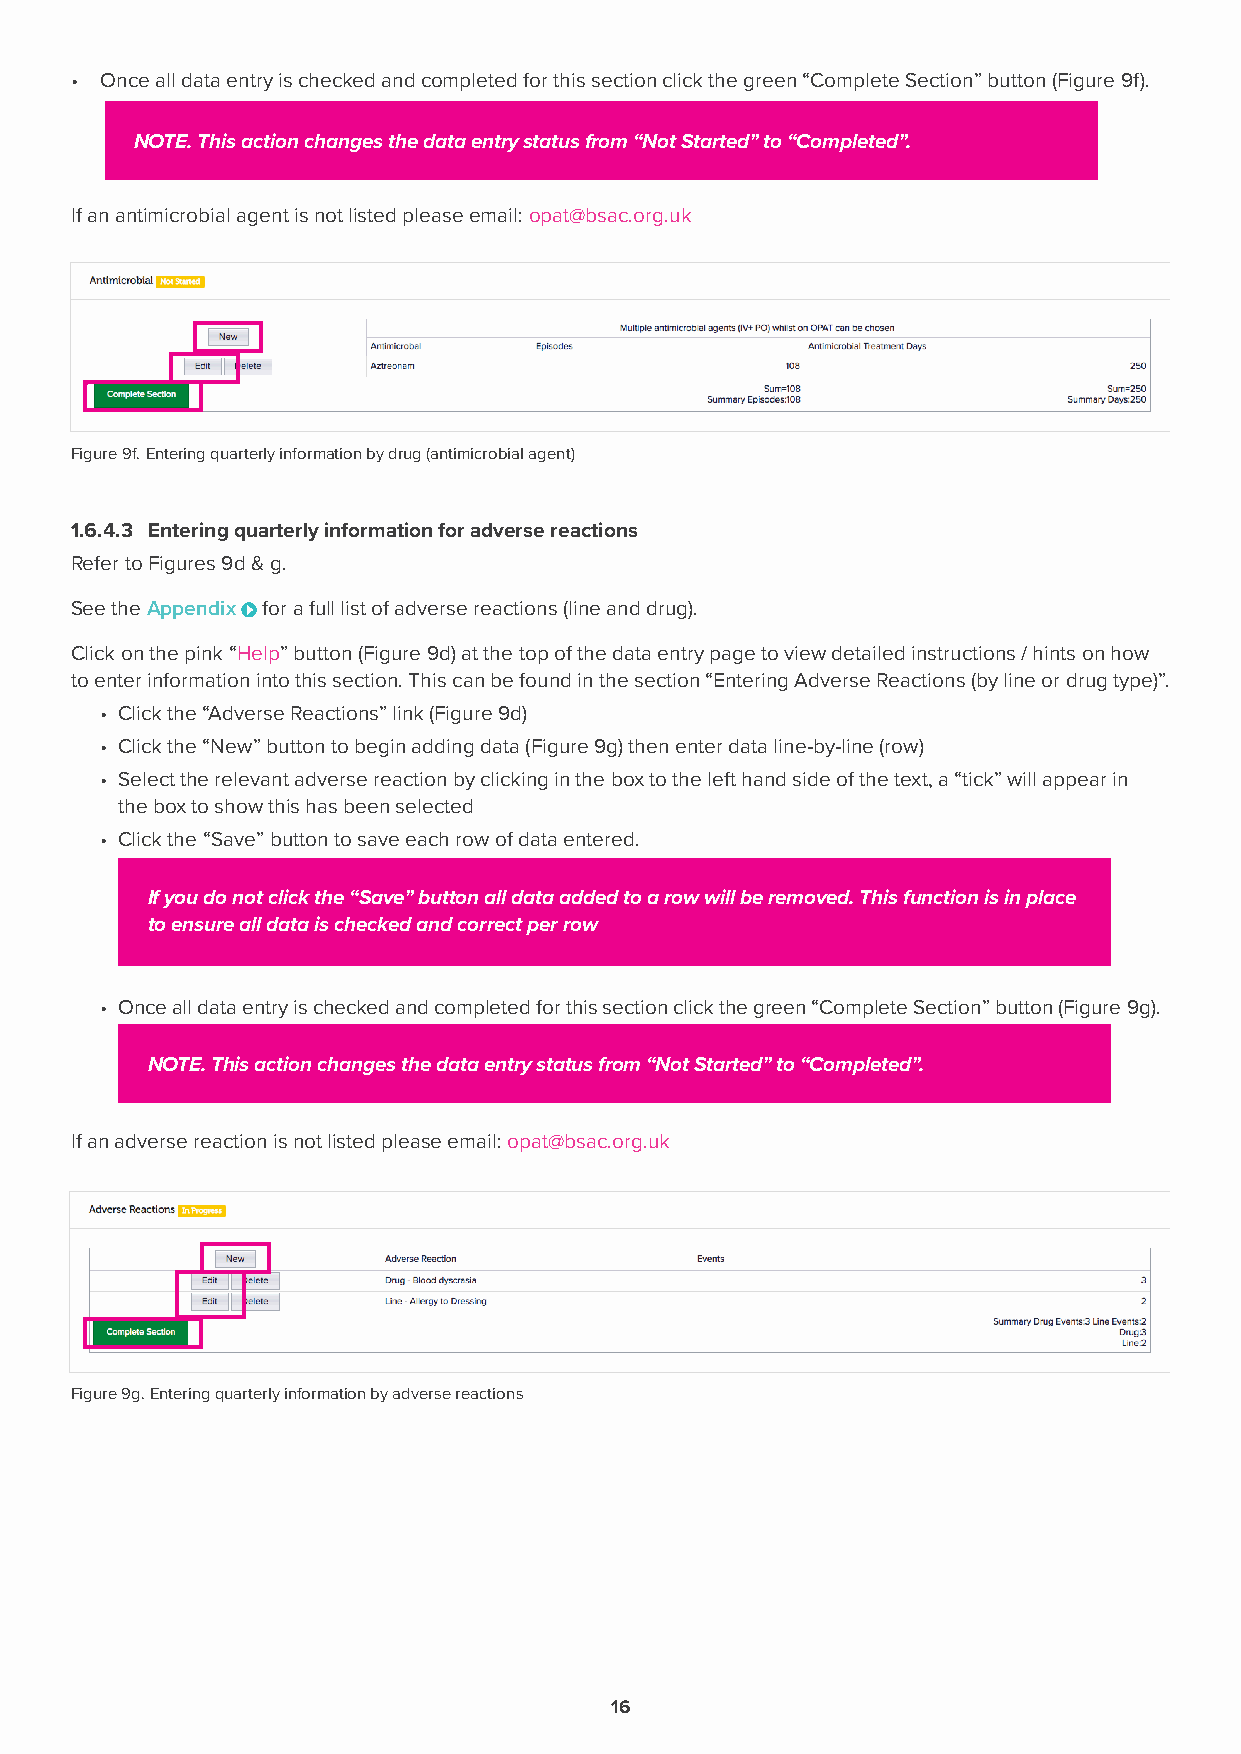
• Once all data entry is checked and completed for this section click the green “Complete Section” button (Figure 9f).
 NOTE. This action changes the data entry status from “Not Started” to “Completed”.
 If an antimicrobial agent is not listed please email: opat@bsac.org.uk
 Figure 9f. Entering quarterly information by drug (antimicrobial agent)
 1.6.4.3 Entering quarterly information for adverse reactions
 Refer to Figures 9d & g.
 See the Appendix for a full list of adverse reactions (line and drug).
 Click on the pink “Help” button (Figure 9d) at the top of the data entry page to view detailed instructions / hints on how
 to enter information into this section. This can be found in the section “Entering Adverse Reactions (by line or drug type)”.
 • Click the “Adverse Reactions” link (Figure 9d)
 • Click the “New” button to begin adding data (Figure 9g) then enter data line-by-line (row)
 • Select the relevant adverse reaction by clicking in the box to the left hand side of the text, a “tick” will appear in
 the box to show this has been selected
 • Click the “Save” button to save each row of data entered.
 If you do not click the “Save” button all data added to a row will be removed. This function is in place
 to ensure all data is checked and correct per row
 • Once all data entry is checked and completed for this section click the green “Complete Section” button (Figure 9g).
 NOTE. This action changes the data entry status from “Not Started” to “Completed”.
 If an adverse reaction is not listed please email: opat@bsac.org.uk
 Figure 9g. Entering quarterly information by adverse reactions
 16